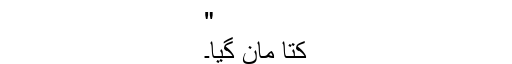
"
کتّا مان گیا۔